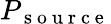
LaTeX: P_{\mathrm{~s~o~u~r~c~e~}}